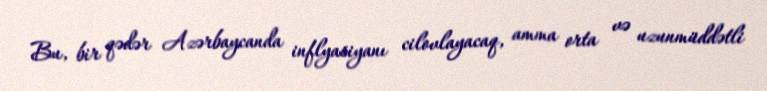
Bu, bir qədər Azərbaycanda inflyasiyanı cilovlayacaq, amma orta və uzunmüddətli